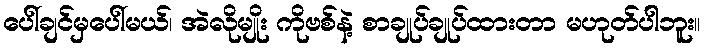
ပေါ်ချင်မှပေါ်မယ်၊ အဲလိုမျိုး ကိုဗစ်နဲ့ စာချုပ်ချုပ်ထားတာ မဟုတ်ပါဘူး။